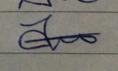
Signature authenticity: forged